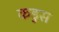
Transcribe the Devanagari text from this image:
कडुस